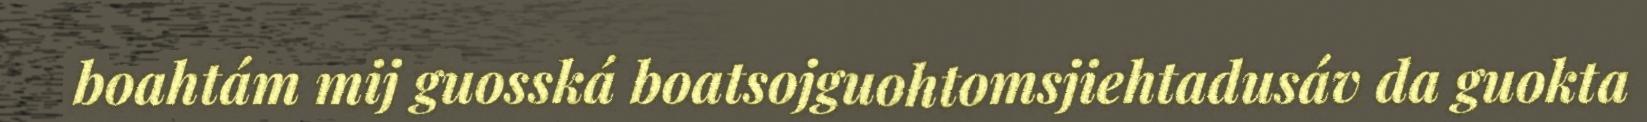
boahtám mij guosská boatsojguohtomsjiehtadusáv da guokta